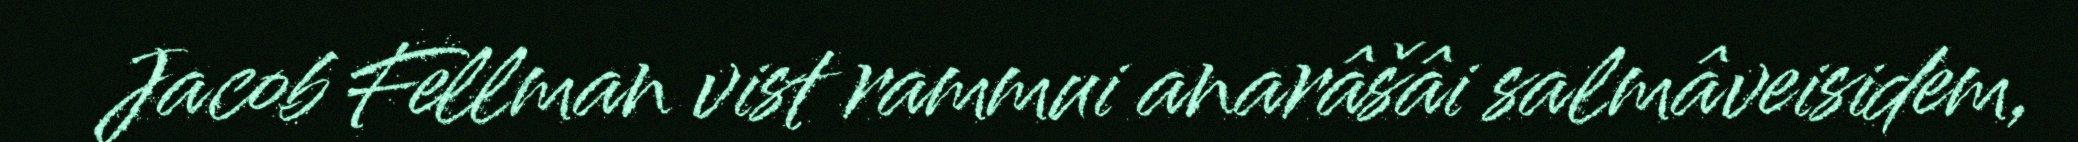
Jacob Fellman vist rammui anarâšâi salmâveisidem,